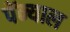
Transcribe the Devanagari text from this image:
पेंन्याल